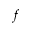
f